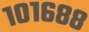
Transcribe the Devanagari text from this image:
१०१६८८